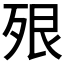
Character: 𣧾